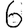
Digit: 6